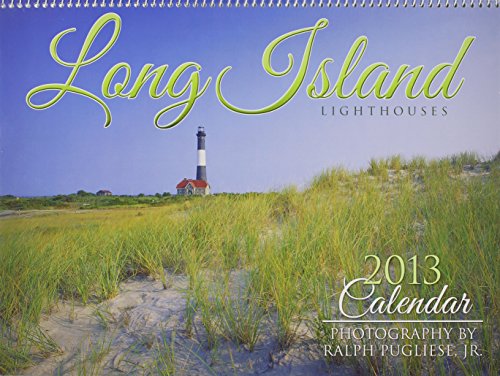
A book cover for Long Island Lighthouses 2013 Calendar; East End Greetings; Calendars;